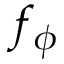
f _ { \phi }